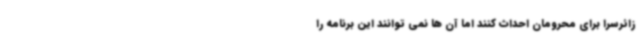
زائرسرا برای محرومان احداث کنند اما آن ها نمی توانند این برنامه را